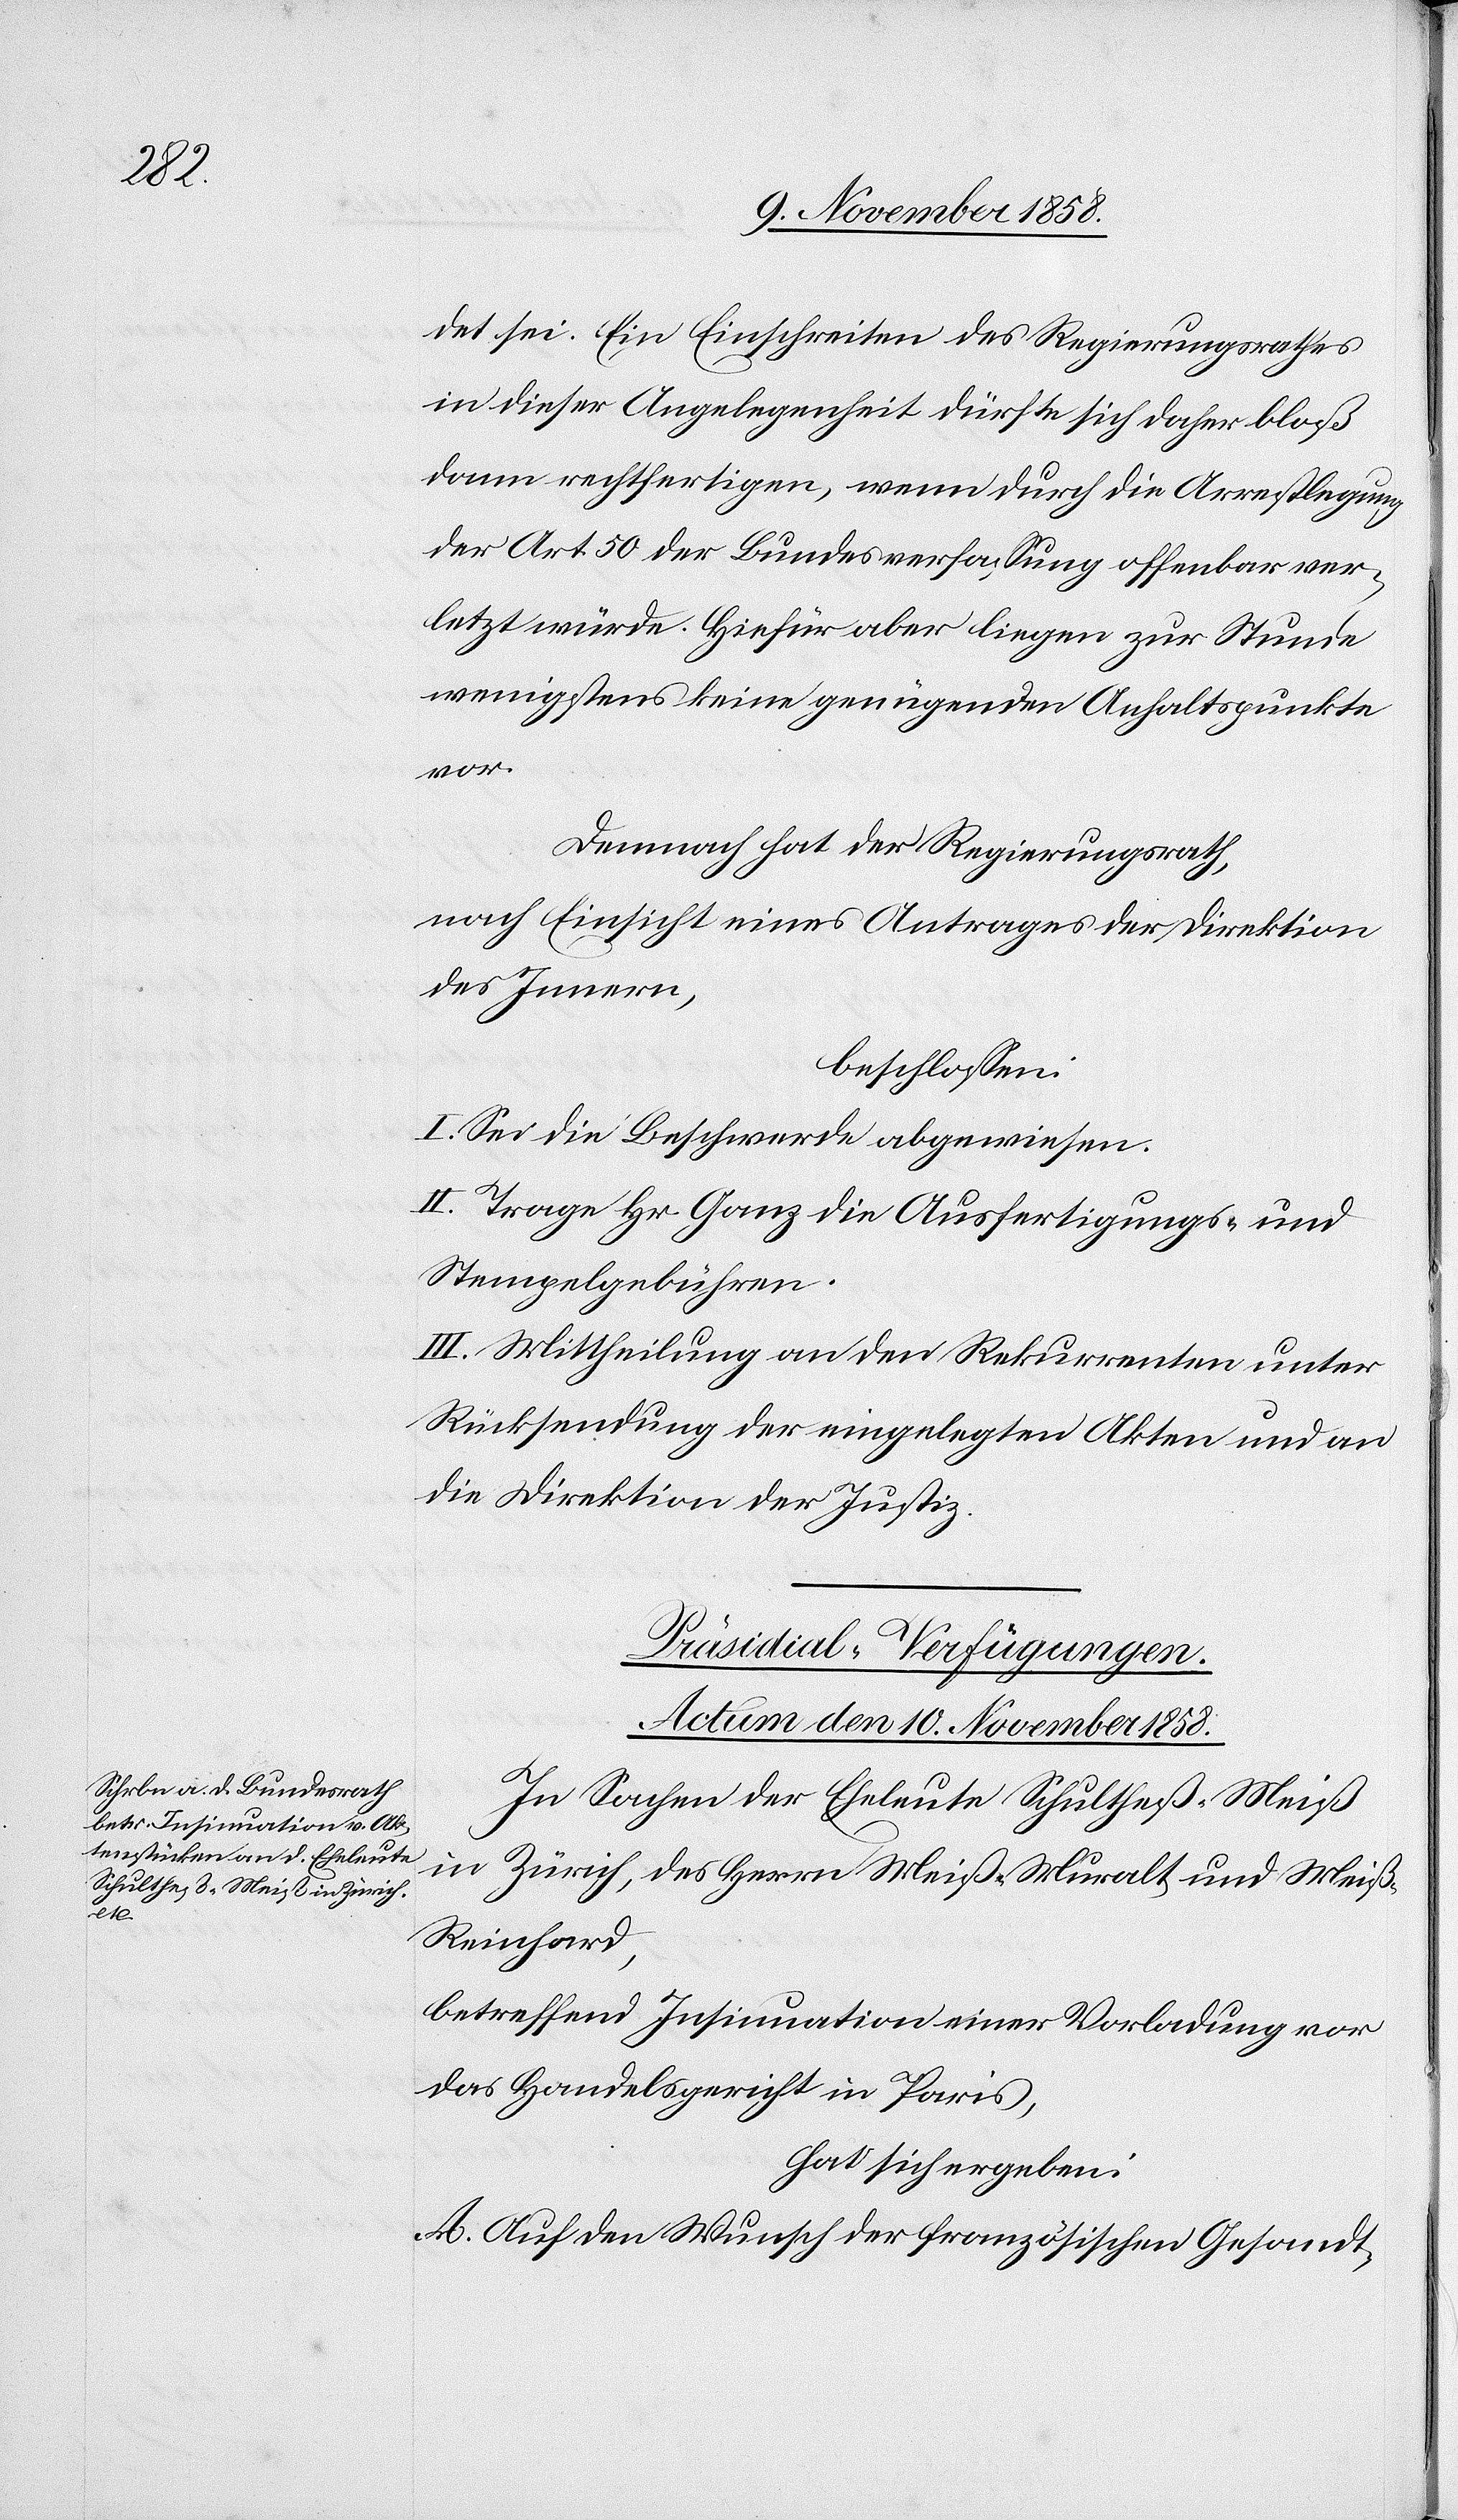
det sei. Ein Einschreiten des Regierungsrathes
in dieser Angelegenheit dürfte sich daher bloß
dann rechtfertigen, wenn durch die Arrestlegung
der Art. 50 der Bundesverfassung offenbar ver¬
letzt würde. Hiefür aber liegen zur Stunde
wenigstens keine genügenden Anhaltspunkte
vor.
Demnach hat der Regierungsrath,
nach Einsicht eines Antrages der Direktion
des Innern,
beschlossen:
I. Sei die Beschwerde abgewiesen.
II. Trage Hr. Ganz die Ausfertigungs- und
Stempelgebühren.
III. Mittheilung an den Rekurrenten unter
Rücksendung der eingelegten Akten und an
die Direktion der Justiz.
Präsidial-Verfügungen.
Actum den 10. November 1858.
In Sachen der Eheleute Schultheß-Meiß
in Zürich, des Herrn Meiß-Muralt und Meiß-R¬
einhard,
betreffend Insinuation einer Vorladung vor
das Handelsgericht in Paris,
hat sich ergeben:
A. Auf den Wunsch der französischen Gesandt-